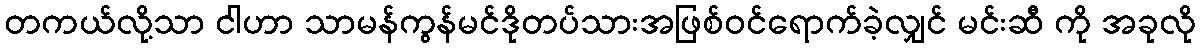
တကယ်လို့သာ ငါဟာ သာမန်ကွန်မင်ဒိုတပ်သားအဖြစ်ဝင်ရောက်ခဲ့လျှင် မင်းဆီ ကို အခုလို